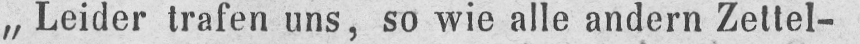
,,Leider trafen uns, so wie alle andern Zettel-